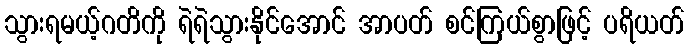
သွားရမယ့်ဂတိကို ရဲရဲသွားနိုင်အောင် အာပတ် စင်ကြယ်စွာဖြင့် ပရိယတ်